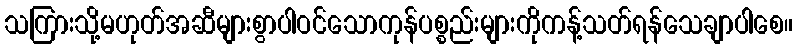
သကြားသို့မဟုတ်အဆီများစွာပါဝင်သောကုန်ပစ္စည်းများကိုကန့်သတ်ရန်သေချာပါစေ။